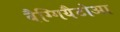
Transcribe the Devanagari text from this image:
बैग्गियैटोआ